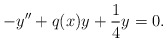
\begin{align*}-y^{\prime\prime}+q(x)y+\frac{1}{4}y=0. \end{align*}